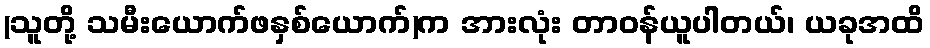
(သူတို့ သမီးယောက်ဖနှစ်ယောက်)က အားလုံး တာဝန်ယူပါတယ်၊ ယခုအထိ